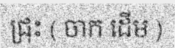
ជ្រុះ ( ចាក ដើម )